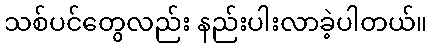
သစ်ပင်တွေလည်း နည်းပါးလာခဲ့ပါတယ်။